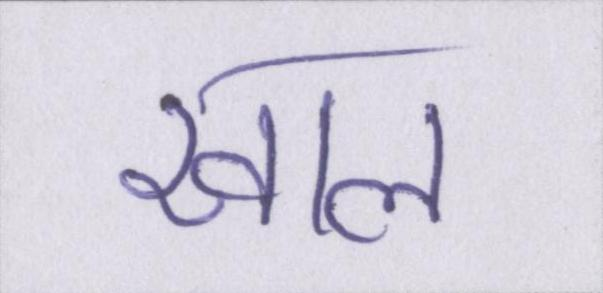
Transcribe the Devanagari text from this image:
खाल